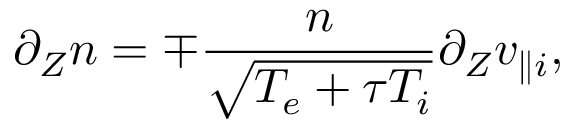
\partial _ { Z } n = \mp \frac { n } { \sqrt { T _ { e } + \tau T _ { i } } } \partial _ { Z } v _ { \parallel i } ,